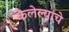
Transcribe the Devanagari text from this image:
केलेल्यांचे